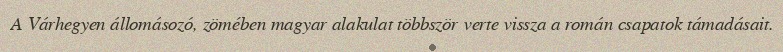
A Várhegyen állomásozó, zömében magyar alakulat többször verte vissza a román csapatok támadásait.